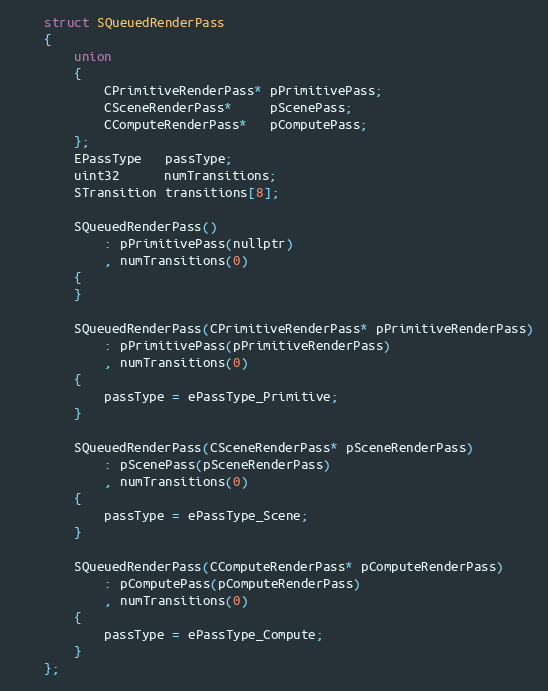
Language: C
	struct SQueuedRenderPass
	{
		union
		{
			CPrimitiveRenderPass* pPrimitivePass;
			CSceneRenderPass*     pScenePass;
			CComputeRenderPass*   pComputePass;
		};
		EPassType   passType;
		uint32      numTransitions;
		STransition transitions[8];

		SQueuedRenderPass()
			: pPrimitivePass(nullptr)
			, numTransitions(0)
		{
		}

		SQueuedRenderPass(CPrimitiveRenderPass* pPrimitiveRenderPass)
			: pPrimitivePass(pPrimitiveRenderPass)
			, numTransitions(0)
		{
			passType = ePassType_Primitive;
		}

		SQueuedRenderPass(CSceneRenderPass* pSceneRenderPass)
			: pScenePass(pSceneRenderPass)
			, numTransitions(0)
		{
			passType = ePassType_Scene;
		}

		SQueuedRenderPass(CComputeRenderPass* pComputeRenderPass)
			: pComputePass(pComputeRenderPass)
			, numTransitions(0)
		{
			passType = ePassType_Compute;
		}
	};